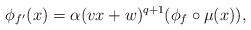
\begin{align*}\phi_{f'}(x) = \alpha (vx+w)^{q+1} (\phi_f \circ \mu(x)),\end{align*}